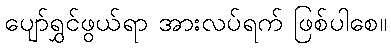
ပျော်ရွှင်ဖွယ်ရာ အားလပ်ရက် ဖြစ်ပါစေ။